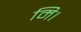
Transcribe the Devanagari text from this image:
मि।